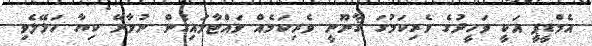
އެމްޑީޕީ އަކީ ވަހީދުގެ ވެރިކަމުގަ ޤާނޫނީ ވެރިކަމެއް ވައްޓާލައިގެން ނުވާނޭ ކިޔާ ހަޅޭލެވި